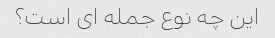
این چه نوع جمله ای است؟